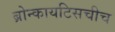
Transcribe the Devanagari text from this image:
ब्रोन्कायटिसचीच